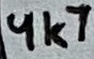
Text: 4k7